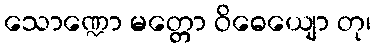
သောဏ္ဍော မတ္တော ဝိဓေယျော တု၊